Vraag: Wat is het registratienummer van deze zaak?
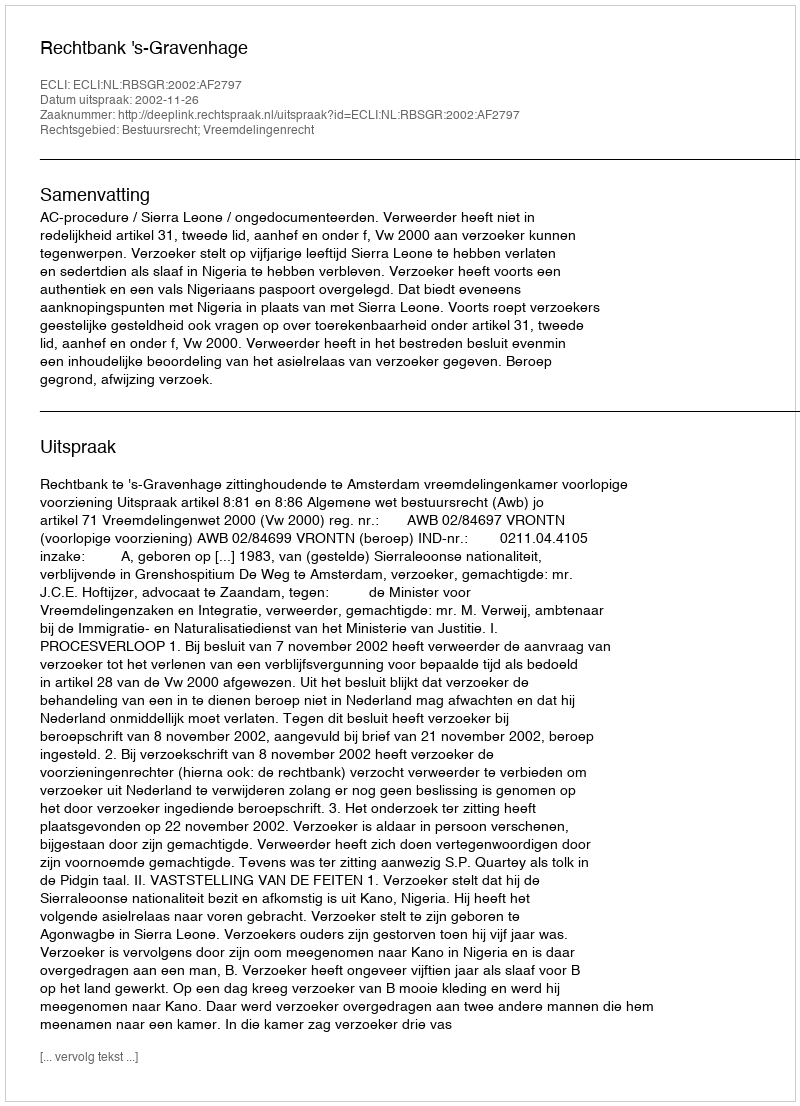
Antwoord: http://deeplink.rechtspraak.nl/uitspraak?id=ECLI:NL:RBSGR:2002:AF2797